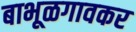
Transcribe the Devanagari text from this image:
बाभूळगावकर